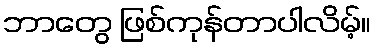
ဘာတွေ ဖြစ်ကုန်တာပါလိမ့်။